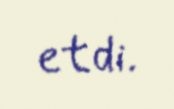
etdi.